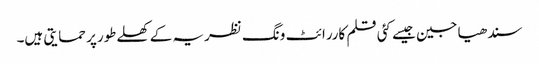
سندھیا جین جیسے کئی قلم کاررائٹ ونگ نظریہ کے کھلےطورپر حمایتی ہیں۔